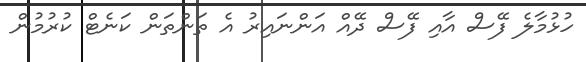
ހުޅުމާލެ ފޭސް އާއި ފޭސް ދޭއް އަންނައިރު އެ ތަންތަން ކަނެޓް ކުރުމުން